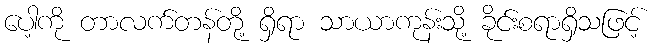
ပေါ့ကို တာလက်တန်တို့ ရှိရာ သာယာကုန်းသို့ ခိုင်းစရာရှိသဖြင့်